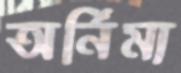
অর্নিমা